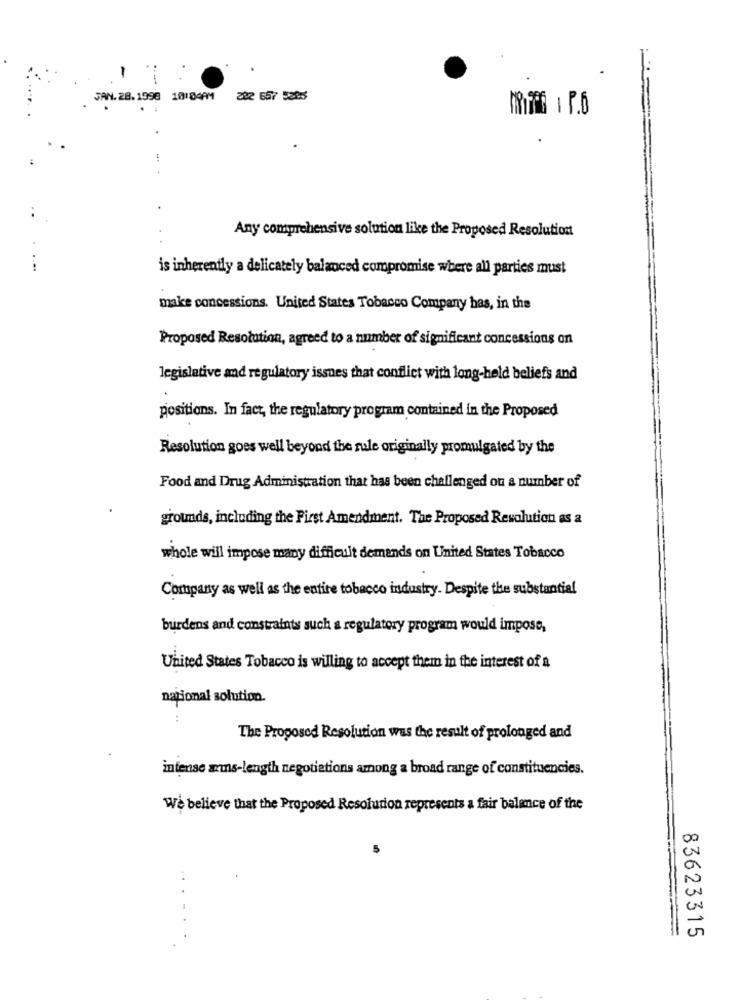
-
JAN.28.1998 10:00AM
282 657 5265
Any comprehensive solution like the Proposed Resolution
is inherently a delicately balanced compromise where all parties must
make concessions. United States Tobacco Company has, in the
Proposed Resolution, agreed to a number of significant concessions on
legislative and regulatory issues that conflict with long-held beliefs and
positions. In fact, the regulatory program contained in the Proposed
Resolution goes well beyond the rule originally promulgated by the
Food and Drug Administration that has been challenged ou a number of
grounds, including the First Amendment. The Proposed Revolution as a
whole will impose many difficult demands on United States Tobacco
Company as well as the entire tobacco industry. Despite the substantial
burdens and constraints such a regulatory program would impose,
United States Tobacco is willing to accept them in the interest of a
national solution.
The Proposed Resolution was the result of prolonged and
intense sans-length negotiations among a broad range of constituencies.
We believe that the Proposed Resolution represents a fair balance of the
83623315